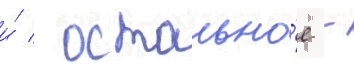
и́ / остально́е -